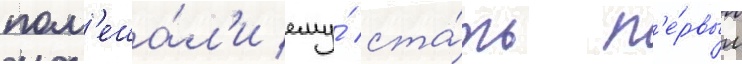
пом'еша́л'и ему́ ста́ть п'е́рвым